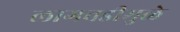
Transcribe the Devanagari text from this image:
लागवडीमुळे